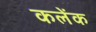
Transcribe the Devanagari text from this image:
कलेंक